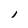
Character: i